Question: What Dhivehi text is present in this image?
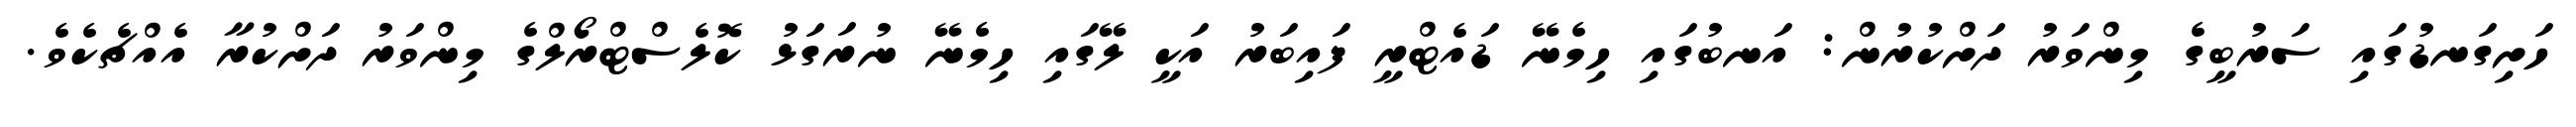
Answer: ހަށިގަނޑުގައި ސަރުބީގެ މިންވަރު ދަށްކުރުން: އަނބުގައި ހިމެނޭ ޑައެޓްރީ ފައިބަރު އަކީ ލޭގައި ހިމެނޭ ނުރަގަޅު ކޮލެސްޓްރޯލްގެ މިންވަރު ދަށްކުރާ އެއްޗެކެވެ.